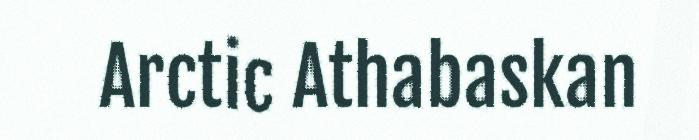
Arctic Athabaskan